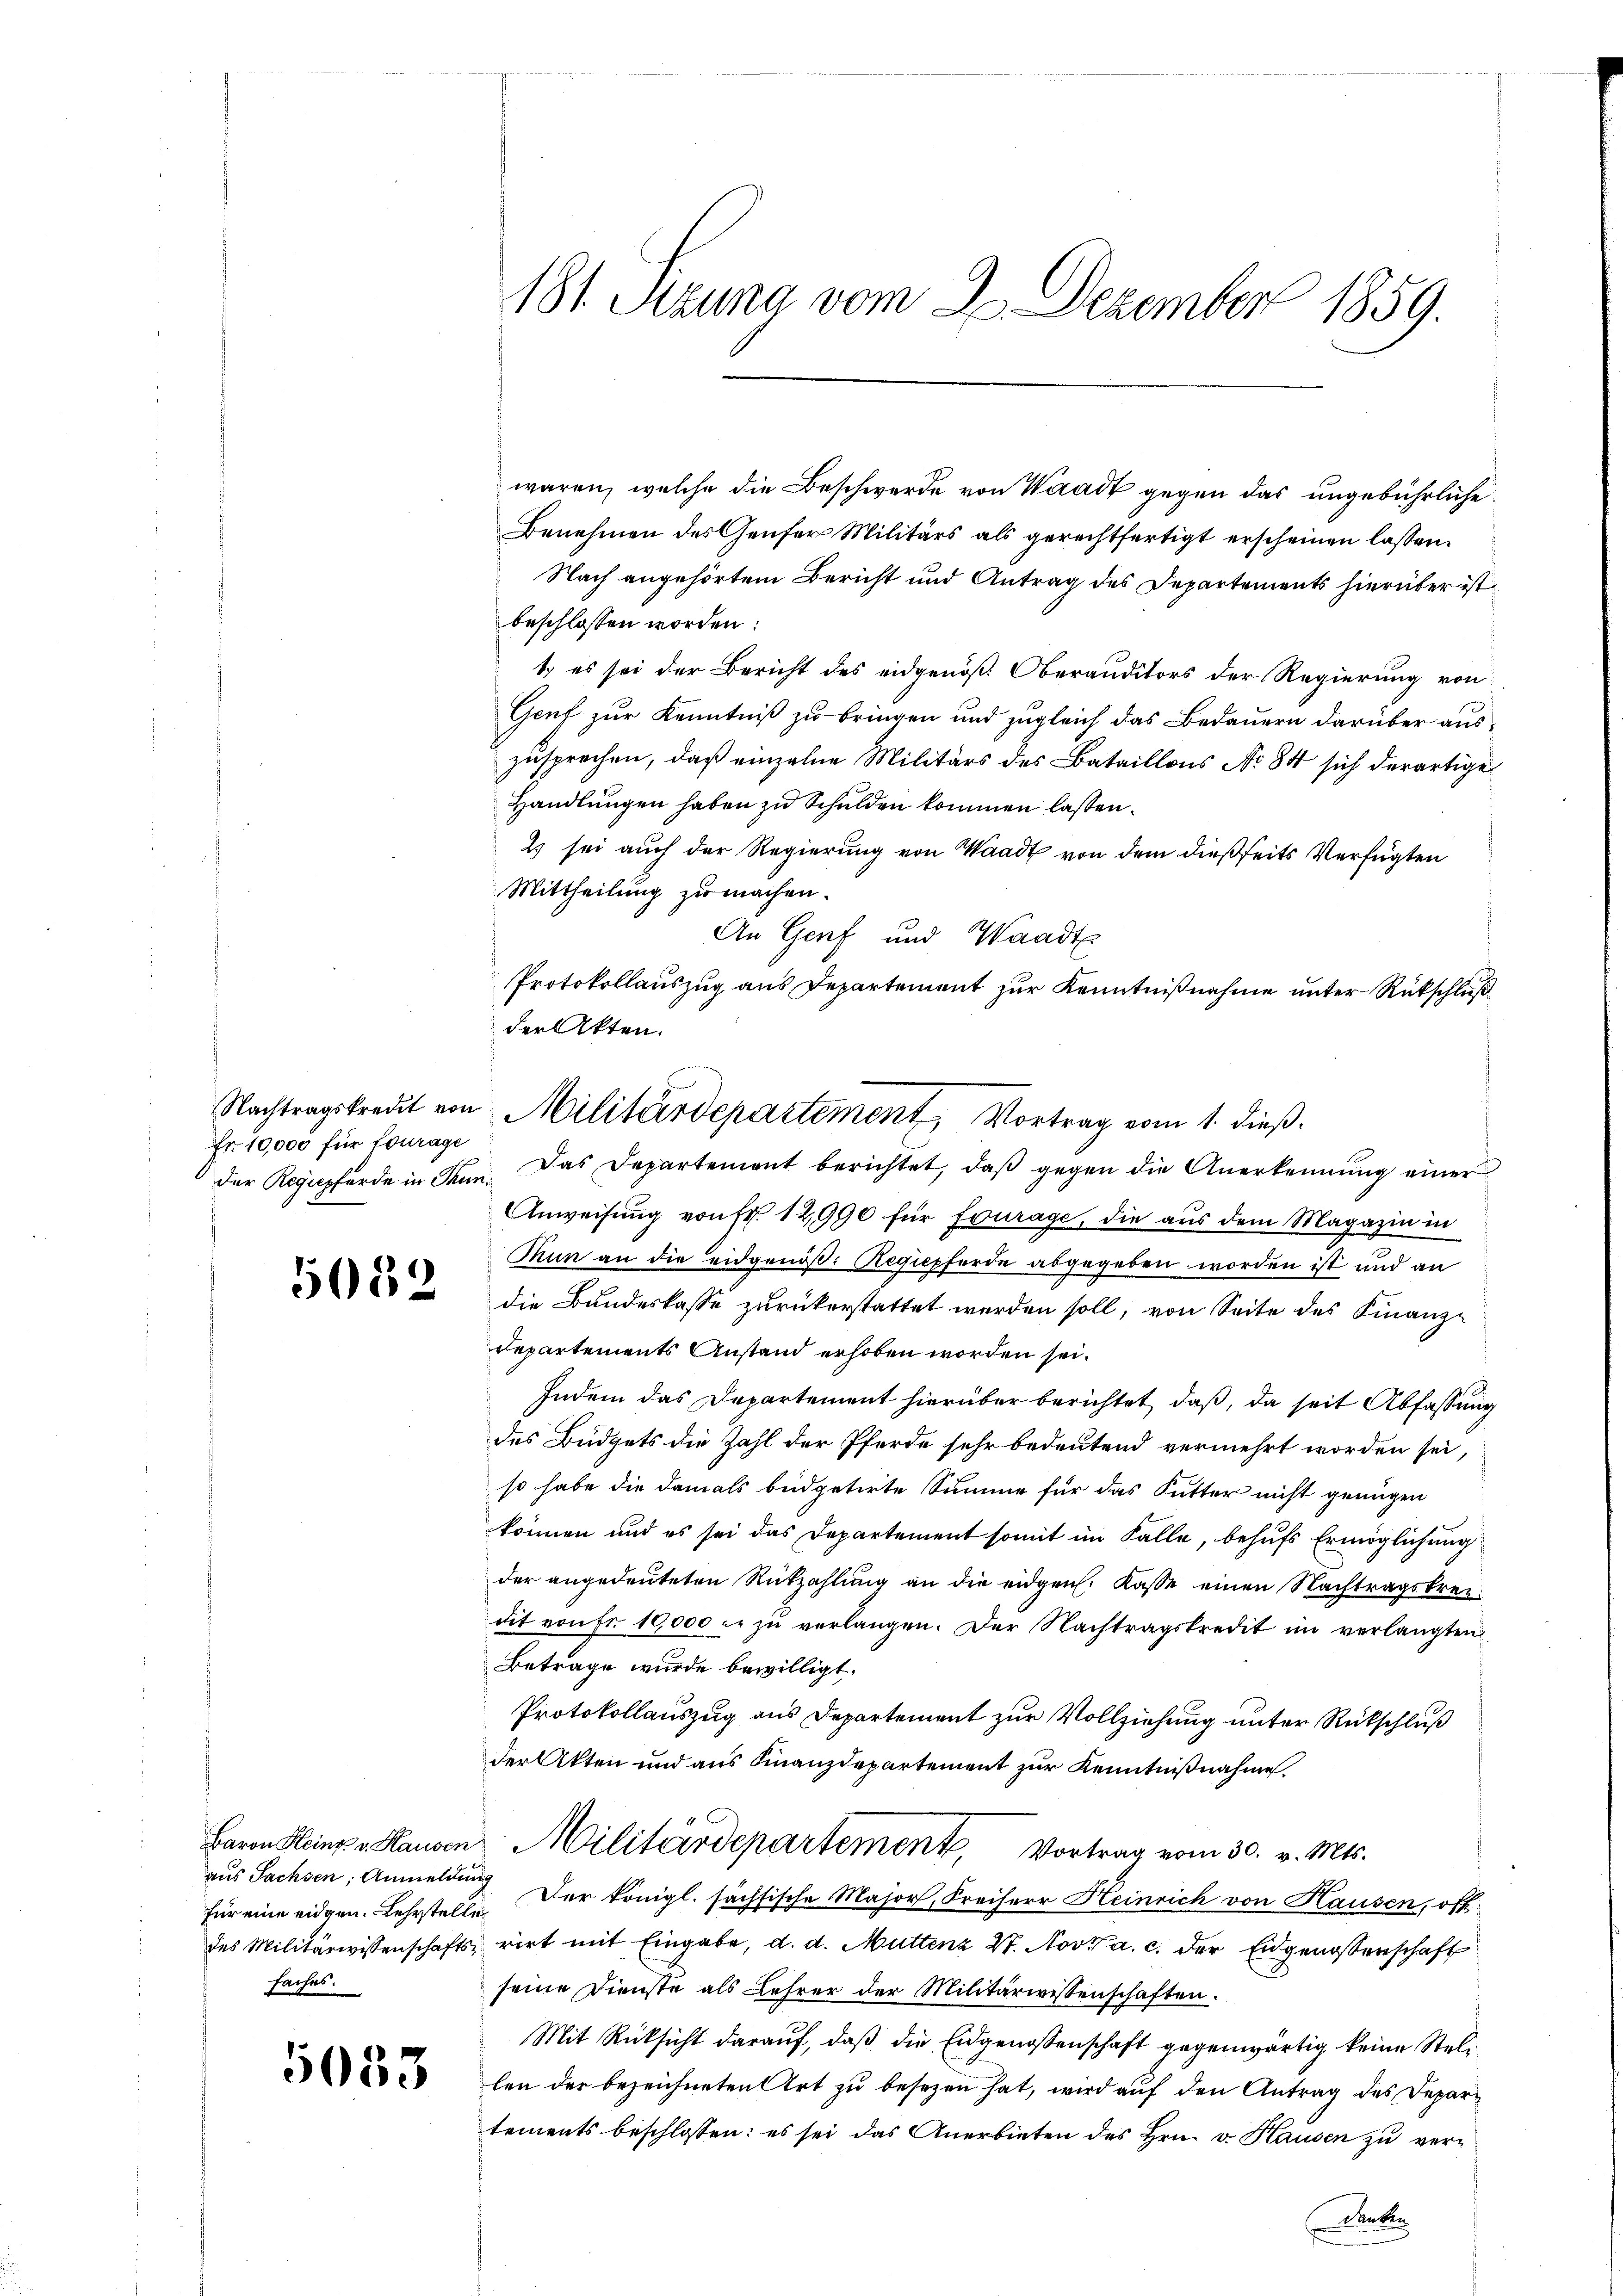
Fr. 10,000 für Fourage

5082

aus Sachsen, Anmeldung
faches.

5033

waren, welche die Beschwerde von Waadt gegen das ungebührliche
Benehmen des Genfer Militärs als gerechtfertigt erscheinen lassen.
Nach angehörtem Bericht und Antrag des Departements hierüber ist
beschlossen worden:
1) es sei der Bericht des eidgenöß. Oberauditors der Regierung von
Genf zur Kenntniß zu bringen und zugleich das Bedauern darüber auszusprechen, daß einzelne Militärs des Bataillons No 84 sich derartige
Handlungen haben zu Schulden kommen lassen.
2) sei auch der Regierung von Waadt von dem dießseits Verfügten
Mittheilung zu machen.
An Genf und Waadt
Protokollauszug aus Departement zur Kenntnißnahme unter Rückschluß
der Akten.
Anweisung von fr. 12,990 für Fourage, die aus dem Magazin in
Thun an die eidgenöß: Regiepferde abgegeben worden ist und an
die Bundeskasse zurückerstattet werden soll, von Seite des Finanz¬
Departements Anstand erhoben worden sei.
Indem das Departement hierüber berichtet, daß, da seit Abfassung
des Büdgets die Zahl der Pferde sehr bedeutend vermehrt worden sei,
so habe die damals beidpetirte Summe für das Sutter nicht genügen
können und es sei das Departement somit im Falle, behufs Ermöglichung
der angedeuteten Rückzahlung an die eidgen. Kasse einen Nachtragskreidit von Fr. 10,000 c. zŭ verlangen. Der Nachtragskredit im verlangten
Betrage wurde bewilligt.
Protokollauszug aus Departement zur Vollziehung unter Rückschluß
der Akten und aus Finanzdepartement zur Kenntnißnahme.
Baron Heinze Hausen Militärdepartement, Vortrag vom 30. v. Mts.
für eine eidgen. Lehrstelle der königl. sächsische Major, Freiherr Heinrich von Hausen, oft
des Militärwissenschafts- rirt mit Eingabe, d. d. Muttenz 27. Nov. a. c. der Eidgenossenschaft
seine Dienste als Lehrer der Militärwissenschaften.
Mit Rücksicht darauf, daß die Eidgenossenschaft gegenwärtig keine Stellen der bezeichneten Art zu besezen hat, wird auf den Antrag des Departements beschlossen: es sei das Anerbieten des Hrn. v. Hausen zu ver¬
Anken

181. Sitzung vom 20. Dezember 1859.

Nachtragskredit von Militärdepartement, Vortrag vom 1. dieβ.
der Regiepferde in Kenn. Das Departement berichtet, daβ gegen die Anerkennung einer